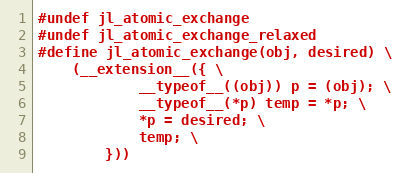
Language: C
#undef jl_atomic_exchange
#undef jl_atomic_exchange_relaxed
#define jl_atomic_exchange(obj, desired) \
    (__extension__({ \
            __typeof__((obj)) p = (obj); \
            __typeof__(*p) temp = *p; \
            *p = desired; \
            temp; \
        }))